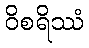
ဝိစရိဿံ